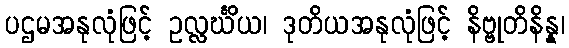
ပဌမအနုလုံဖြင့် ဥလ္လင်္ဃိယ၊ ဒုတိယအနုလုံဖြင့် နိဗ္ဗုတိနိန္န၊